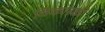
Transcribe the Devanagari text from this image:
विकारकी